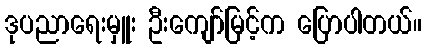
ဒုပညာရေးမှူး ဦးကျော်မြင့်က ပြောပါတယ်။